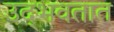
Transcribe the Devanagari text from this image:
उद्‍भवतात